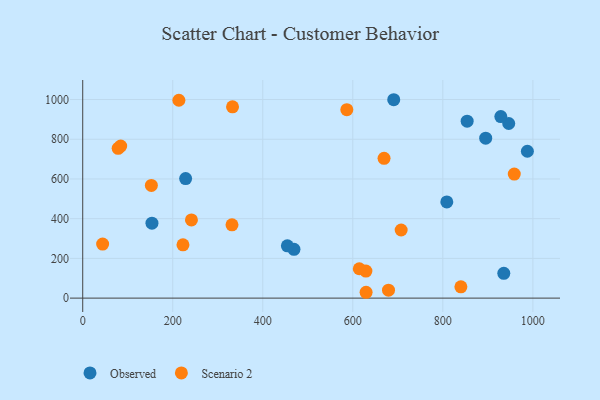
{"axis": {"x": "Ad Spend", "y": "Rating"}, "legend": ["Observed", "Scenario 2"], "data": [{"x": "808.8", "y": 484.2, "type": "Observed"}, {"x": "153.8", "y": 377.4, "type": "Observed"}, {"x": "946.4", "y": 879.2, "type": "Observed"}, {"x": "895.2", "y": 805.2, "type": "Observed"}, {"x": "228.6", "y": 602.1, "type": "Observed"}, {"x": "469.3", "y": 245.6, "type": "Observed"}, {"x": "987.8", "y": 739.6, "type": "Observed"}, {"x": "935.4", "y": 124.9, "type": "Observed"}, {"x": "454.6", "y": 263.4, "type": "Observed"}, {"x": "690.9", "y": 999.0, "type": "Observed"}, {"x": "854.0", "y": 891.1, "type": "Observed"}, {"x": "928.8", "y": 914.0, "type": "Observed"}, {"x": "679.3", "y": 40.2, "type": "Scenario 2"}, {"x": "669.4", "y": 703.9, "type": "Scenario 2"}, {"x": "44.2", "y": 272.0, "type": "Scenario 2"}, {"x": "707.4", "y": 343.0, "type": "Scenario 2"}, {"x": "958.7", "y": 624.6, "type": "Scenario 2"}, {"x": "152.5", "y": 567.6, "type": "Scenario 2"}, {"x": "629.5", "y": 29.4, "type": "Scenario 2"}, {"x": "629.1", "y": 136.1, "type": "Scenario 2"}, {"x": "332.8", "y": 963.0, "type": "Scenario 2"}, {"x": "840.1", "y": 56.8, "type": "Scenario 2"}, {"x": "78.7", "y": 754.5, "type": "Scenario 2"}, {"x": "222.7", "y": 268.1, "type": "Scenario 2"}, {"x": "213.6", "y": 996.4, "type": "Scenario 2"}, {"x": "614.4", "y": 147.9, "type": "Scenario 2"}, {"x": "586.7", "y": 948.9, "type": "Scenario 2"}, {"x": "84.3", "y": 765.8, "type": "Scenario 2"}, {"x": "241.5", "y": 393.5, "type": "Scenario 2"}, {"x": "331.6", "y": 368.8, "type": "Scenario 2"}]}